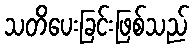
သတိပေးခြင်းဖြစ်သည်